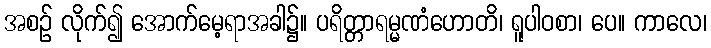
အစဉ် လိုက်၍ အောက်မေ့ရာအခါ၌။ ပရိတ္တာရမ္မဏံဟောတိ၊ ရူပါဝစာ၊ ပေ။ ကာလေ၊